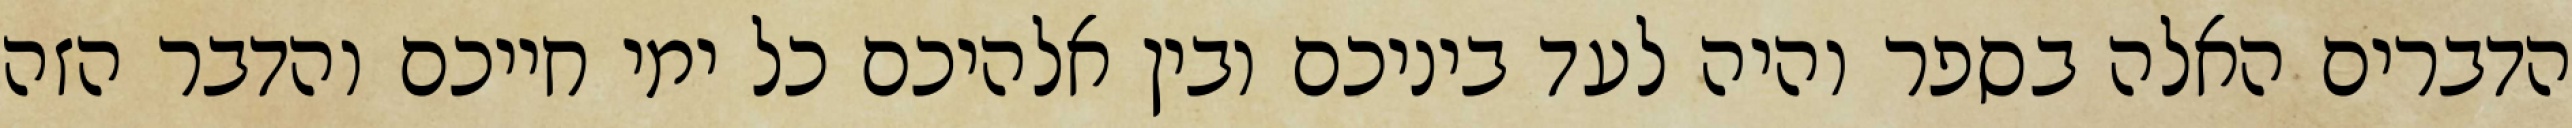
הדברים האלה בספר והיה לעד ביניכם ובין אלהיכם כל ימי חייכם והדבר הזה